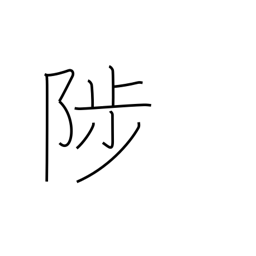
Meaning: rise